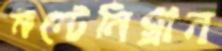
মন্টেনিগ্রান